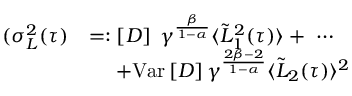
\begin{array} { r l } { ( \sigma _ { L } ^ { 2 } ( \tau ) } & { = : \left[ D \right] \; \gamma ^ { \frac { \beta } { 1 - \alpha } } \langle \tilde { L } _ { 1 } ^ { 2 } ( \tau ) \rangle + \ \cdots } \\ & { \quad \ + \mathrm { V a r } \left[ D \right] \gamma ^ { \frac { 2 \beta - 2 } { 1 - \alpha } } \langle \tilde { L } _ { 2 } ( \tau ) \rangle ^ { 2 } } \end{array}